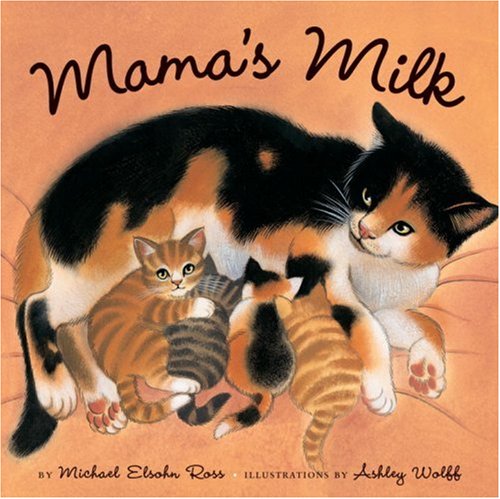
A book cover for Mama's Milk; Michael Elsohn Ross; Children's Books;